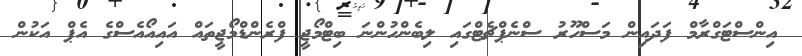
އިންސްޓަގްރާމް ފަދައިން މަސްހޫރު ސްނެޕްޗެޓްގައި ލިބެންހުންނަ ބިޓްމޯޖީ ފްރެންޑްމޯޖީތައް އައިއޯއެސްގެ އެޕް އަކުން